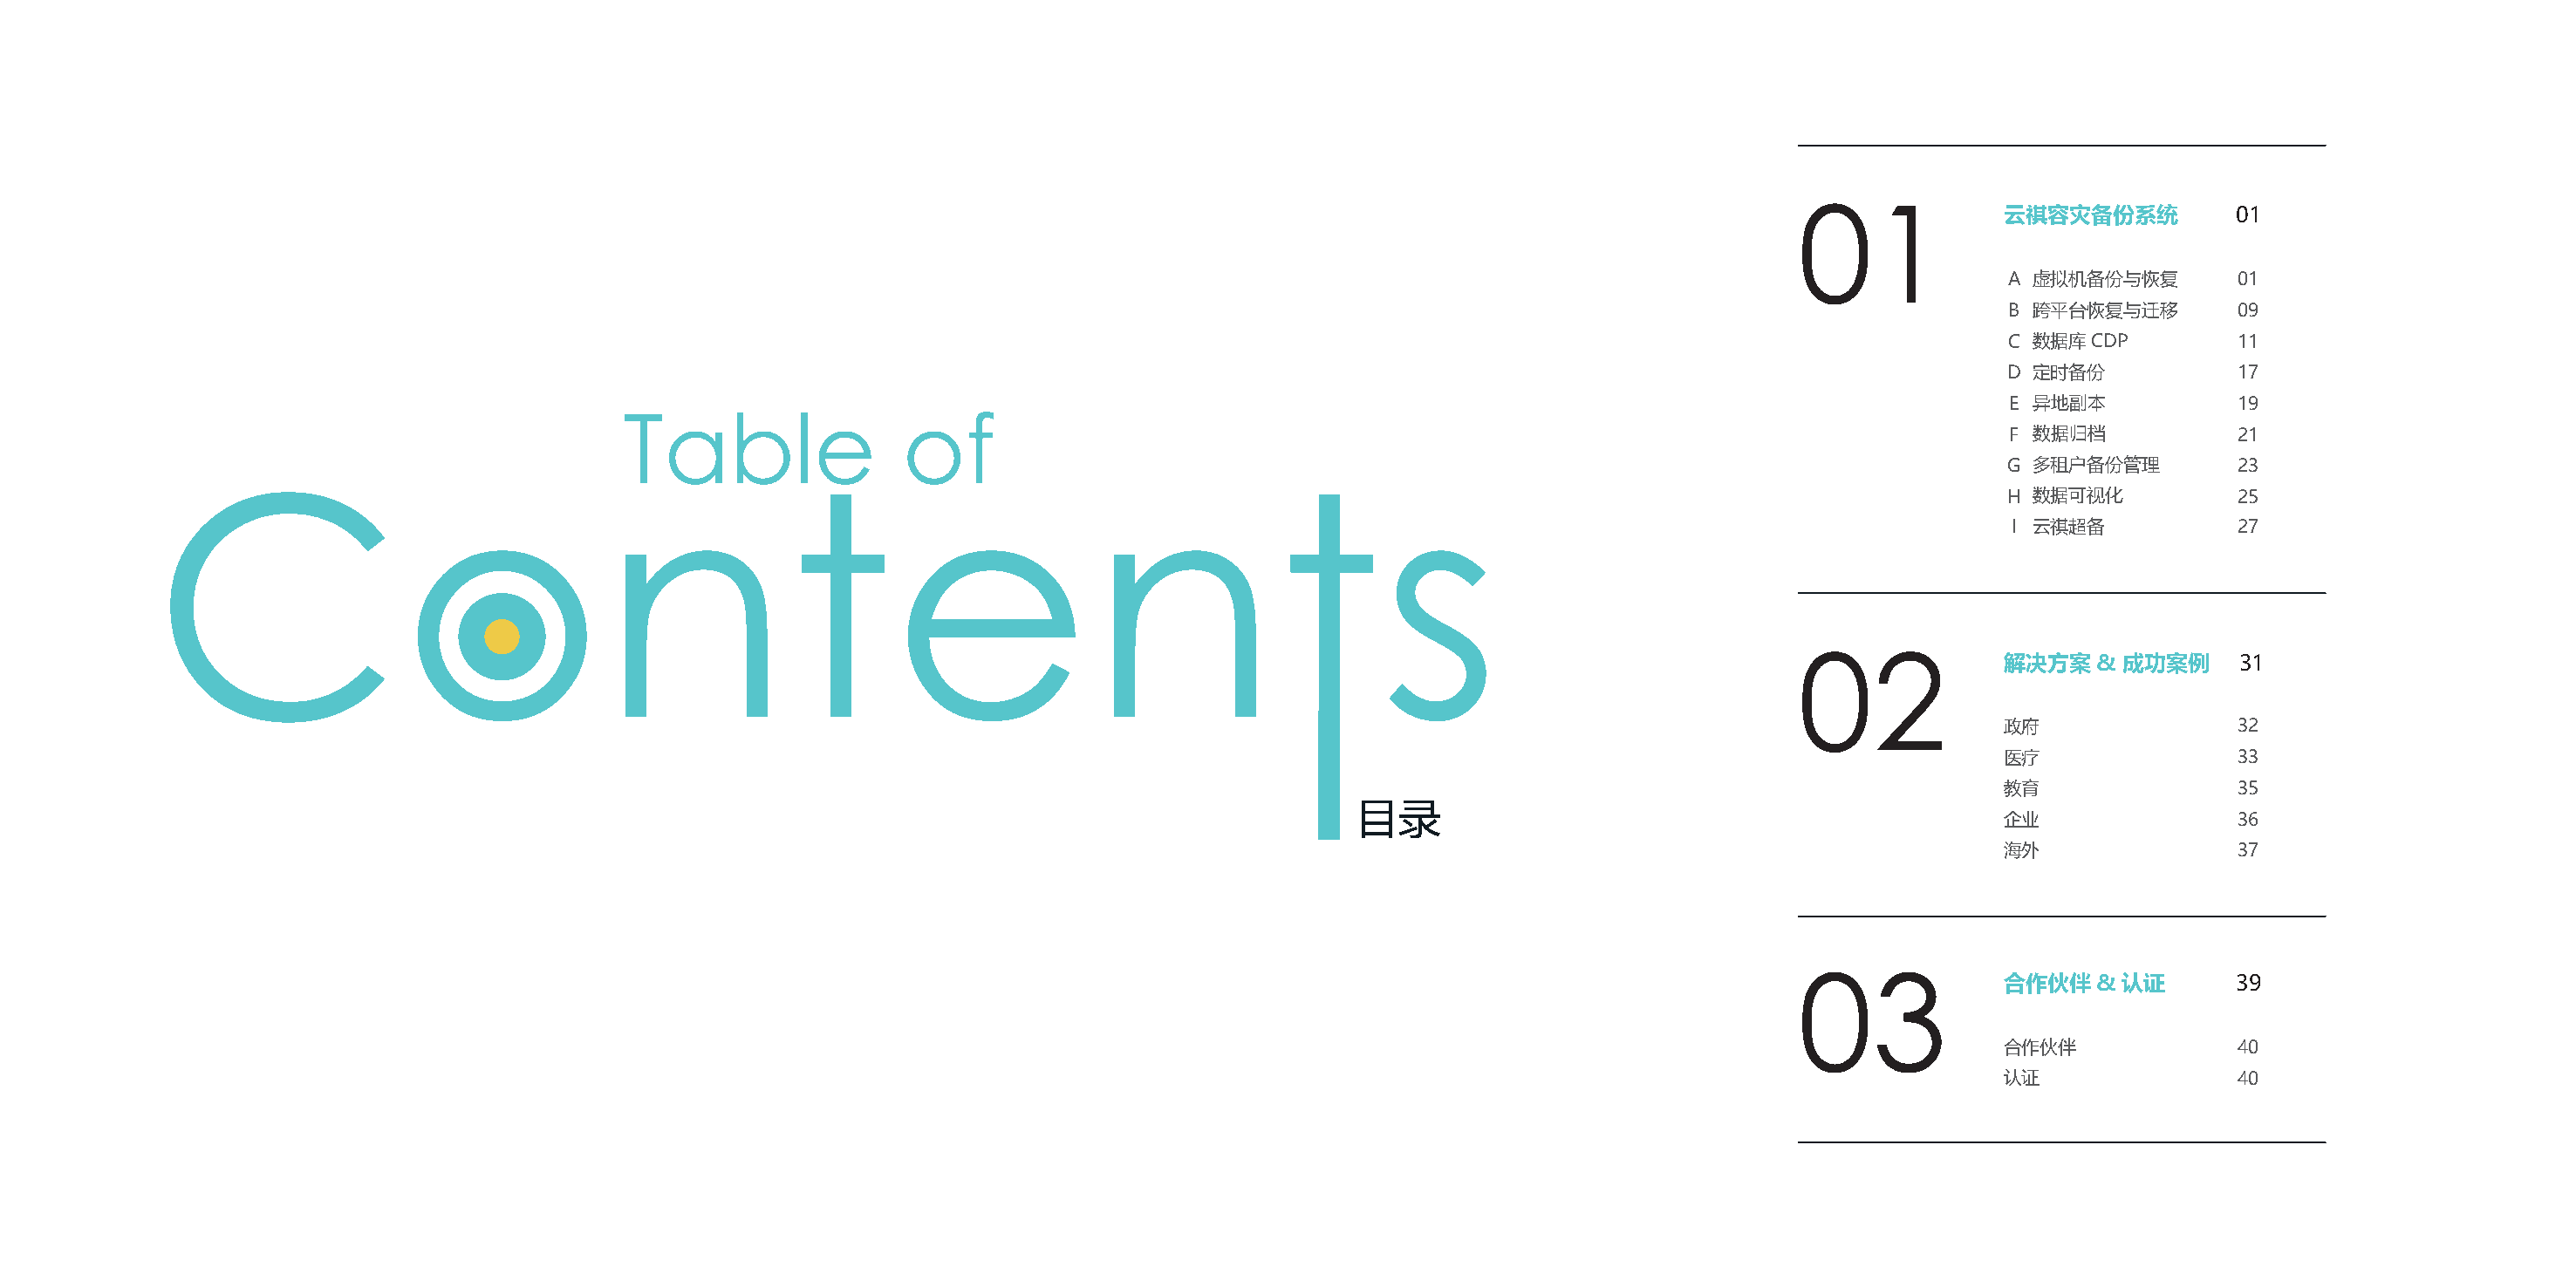
云祺容灾备份系统          01
 A 虚拟机备份与恢复        01
 B 跨平台恢复与迁移        09
 C 数据库CDP          11
 D 定时备份            17
 E 异地副本            19
 Table                 of
 F 数据归档            2 1
 G 多租户备份管理         23
 H 数据可视化           25
 Contents
 I 云祺超备           27
 解决方案&    成功案例     31
 政府                32
 医疗                33
 教育                35
 目录
 企业                36
 海外                37
 合作伙伴&    认证       39
 合作伙伴              40
 认证                40